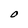
Character: O